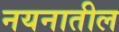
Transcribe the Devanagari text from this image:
नयनातील